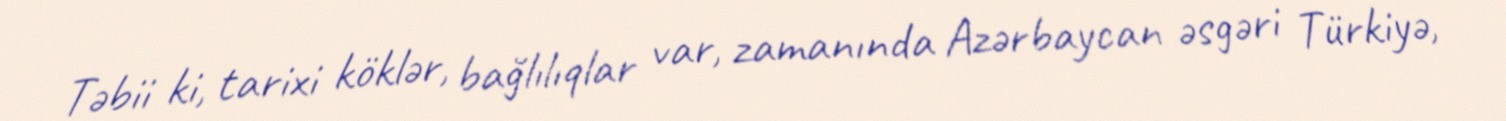
Təbii ki, tarixi köklər, bağlılıqlar var, zamanında Azərbaycan əsgəri Türkiyə,